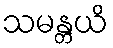
သမန္တယိ